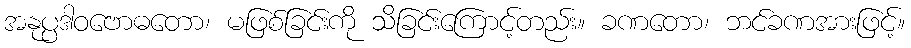
အနုပ္ပဒါဝဗောဓတော၊ မဖြစ်ခြင်းကို သိခြင်းကြောင့်တည်း။ ခဏတော၊ ဘင်ခဏအားဖြင့်။